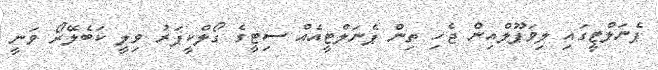
ޕެނަލްޓީގައި ލިވަޕޫލްއިން ޖެހި ތިން ޕެނަލްޓީއެއް ސިޓީގެ ގޯލްކީޕަރު ވިލީ ކަބެލޭރޯ ވަނީ